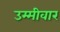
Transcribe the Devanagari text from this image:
उम्मीवार